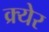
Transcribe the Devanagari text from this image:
क्र्येर